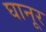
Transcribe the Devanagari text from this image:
घानूर